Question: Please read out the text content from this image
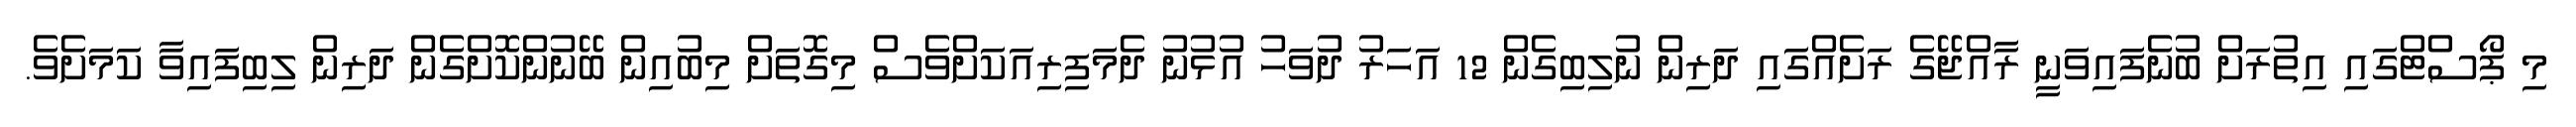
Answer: މި ޕޯސްޓްގައި އިތުރަށް ބުނެފައިވަނީ ރާއްޖޭގެ ރަށެއްގައި ދަރިން ނުލިބިގެން 12 އަހަރު ދުވަހު އުޅުނު ދެމަފިރިއަކަށްވެސް މިގޮތަށް މިބުއިން ބޭނުންކޮށްގެން ދަރިން ލިބިފައިވާ ކަމަށެވެ.